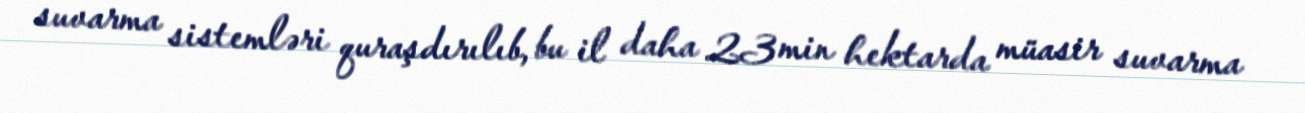
suvarma sistemləri quraşdırılıb, bu il daha 23 min hektarda müasir suvarma